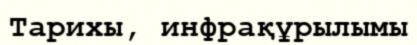
Тарихы, инфрақұрылымы